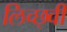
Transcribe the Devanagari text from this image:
लिच्छ्वी